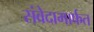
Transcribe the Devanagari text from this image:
संवेदामार्फत